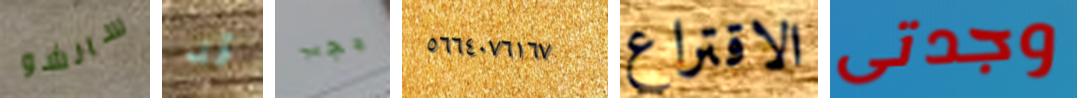
سانشو قد يجب ٥٦٦٤٠٧٦١٦٧ الاقتراع وجدتى